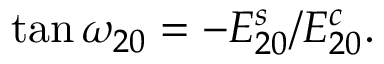
\tan \omega _ { 2 0 } = - E _ { 2 0 } ^ { s } / E _ { 2 0 } ^ { c } .